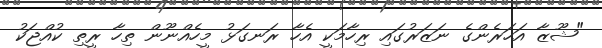
"ޝޫޒާ އަހަރެންގެ ނަޒަރުގައި ރިހާމަކީ އެހާ ރަނގަޅު މީހެއްނޫން ތިހާ ރީތި ކުއްޖަކު